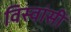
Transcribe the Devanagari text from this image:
विस्‍वांसी